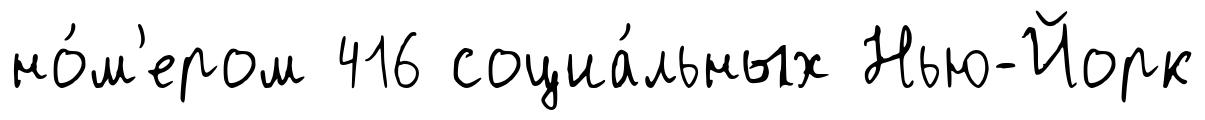
но́м'ером 416 социа́льных Нью-Йорк